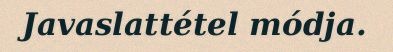
Javaslattétel módja.